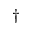
\dag